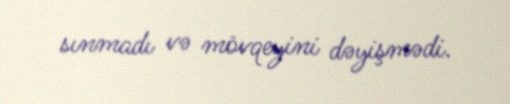
sınmadı və mövqeyini dəyişmədi.